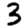
Digit: 3